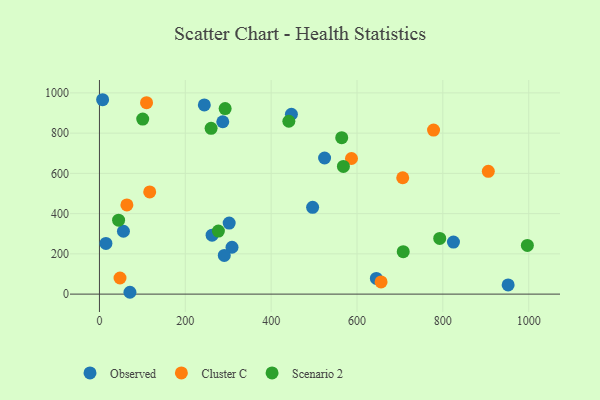
{"axis": {"x": "Distance", "y": "Sales"}, "legend": ["Cluster C", "Observed", "Scenario 2"], "data": [{"x": "55.9", "y": 312.5, "type": "Observed"}, {"x": "7.4", "y": 966.1, "type": "Observed"}, {"x": "302.2", "y": 352.8, "type": "Observed"}, {"x": "287.3", "y": 856.6, "type": "Observed"}, {"x": "15.1", "y": 251.8, "type": "Observed"}, {"x": "308.8", "y": 232.8, "type": "Observed"}, {"x": "71.0", "y": 9.1, "type": "Observed"}, {"x": "244.3", "y": 940.5, "type": "Observed"}, {"x": "524.5", "y": 676.4, "type": "Observed"}, {"x": "496.6", "y": 431.2, "type": "Observed"}, {"x": "290.8", "y": 192.2, "type": "Observed"}, {"x": "645.1", "y": 78.1, "type": "Observed"}, {"x": "447.2", "y": 894.0, "type": "Observed"}, {"x": "952.1", "y": 45.5, "type": "Observed"}, {"x": "262.4", "y": 293.1, "type": "Observed"}, {"x": "824.7", "y": 258.4, "type": "Observed"}, {"x": "47.9", "y": 80.1, "type": "Cluster C"}, {"x": "656.1", "y": 60.6, "type": "Cluster C"}, {"x": "587.1", "y": 674.0, "type": "Cluster C"}, {"x": "905.9", "y": 610.0, "type": "Cluster C"}, {"x": "117.1", "y": 507.7, "type": "Cluster C"}, {"x": "706.5", "y": 578.2, "type": "Cluster C"}, {"x": "63.9", "y": 443.3, "type": "Cluster C"}, {"x": "778.3", "y": 815.4, "type": "Cluster C"}, {"x": "109.7", "y": 951.4, "type": "Cluster C"}, {"x": "292.8", "y": 922.0, "type": "Scenario 2"}, {"x": "100.8", "y": 869.8, "type": "Scenario 2"}, {"x": "707.7", "y": 211.1, "type": "Scenario 2"}, {"x": "996.9", "y": 242.0, "type": "Scenario 2"}, {"x": "44.6", "y": 367.5, "type": "Scenario 2"}, {"x": "792.7", "y": 276.8, "type": "Scenario 2"}, {"x": "441.2", "y": 859.0, "type": "Scenario 2"}, {"x": "568.3", "y": 634.4, "type": "Scenario 2"}, {"x": "260.1", "y": 823.9, "type": "Scenario 2"}, {"x": "277.1", "y": 313.4, "type": "Scenario 2"}, {"x": "564.4", "y": 777.5, "type": "Scenario 2"}]}